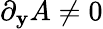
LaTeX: \partial_{\mathbf{y}}A\neq0